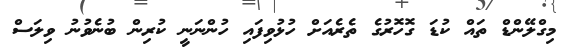
މިގްލޭންޑް ތައް ކުޑަ ގޮހޮރުގެ ތެރެއަށް ހުޅުވިފައި ހުންނަނީ ކުރިން ބުނެވުނު ވިލަސް